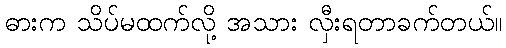
ဓားက သိပ်မထက်လို့ အသား လှီးရတာခက်တယ်။